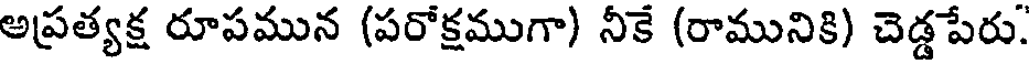
అప్రత్యక్ష రూపమున (పరోక్షముగా) నీకే (రామునికి) చెడ్డపేరు.